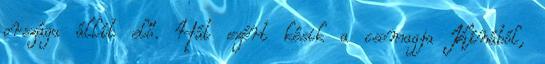
országa állít elő. Hát ezért késik a csomagja Kínából,